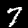
Digit: 7